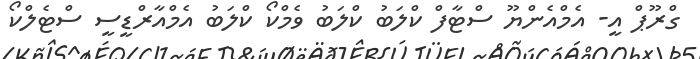
ގްރޫޕް އީ- އެމްއެންޔޫ ސްޓާފް ކްލަބު ކްލަބު ވެމްކޯ ކްލަބު އެމްއާރްޑީސީ ސްޓެލްކޯ